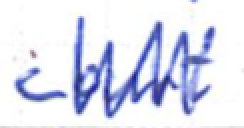
Text: Court
Cross-out: zig-zag
Writing tool: ballpoint